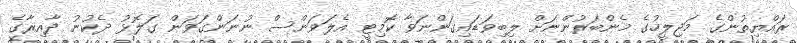
ރައްޔިތުންގެ މަޖިލީހުގެ މެންބަރުންނަށް ލިބިވަޑައިގަންނަވާ ކޮމިޓީ އެލަވަންސް ނުނަންގަވަން ގަލޮޅު ދެކުނު ދާއިރާގެ